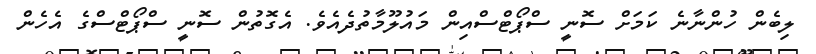
ލިބެން ހުންނާނެ ކަމަށް ސޮނީ ސްޕޯޓްސްއިން މައުލޫމާތުދެއެވެ. އެގޮތުން ސޮނީ ސްޕޯޓްސްގެ އެހެން